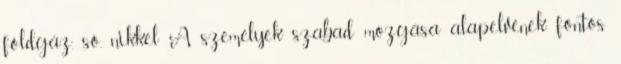
földgáz, só, nikkel A személyek szabad mozgása alapelvének fontos